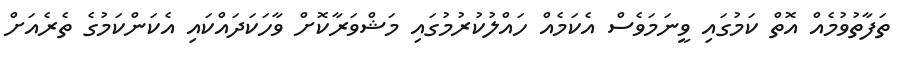
ތަފާތުވުމެއް އޮތް ކަމުގައި ވީނަމަވެސް އެކަމެއް ހައްލުކުރުމުގައި މަޝްވަރާކޮށް ވާހަކަދައްކައި އެކަންކަމުގެ ތެރެއަށް